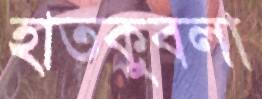
হাতকুবলা